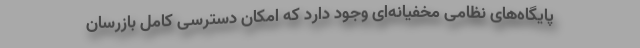
پایگاه‌های نظامی مخفیانه‌ای وجود دارد که امکان دسترسی کامل بازرسان